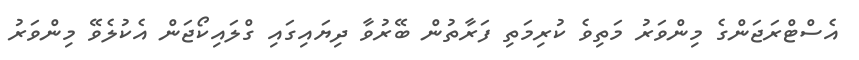
އެސްޓްރަޖަންގެ މިންވަރު މަތިވެ ކުރިމަތި ފަރާތުން ބޭރުވާ ދިޔައިގައި ގްލައިކޯޖަން އެކުލެވޭ މިންވަރު